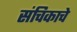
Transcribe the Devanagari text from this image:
संचिकाचे